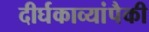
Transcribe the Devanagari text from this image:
दीर्घकाव्यांपैकी